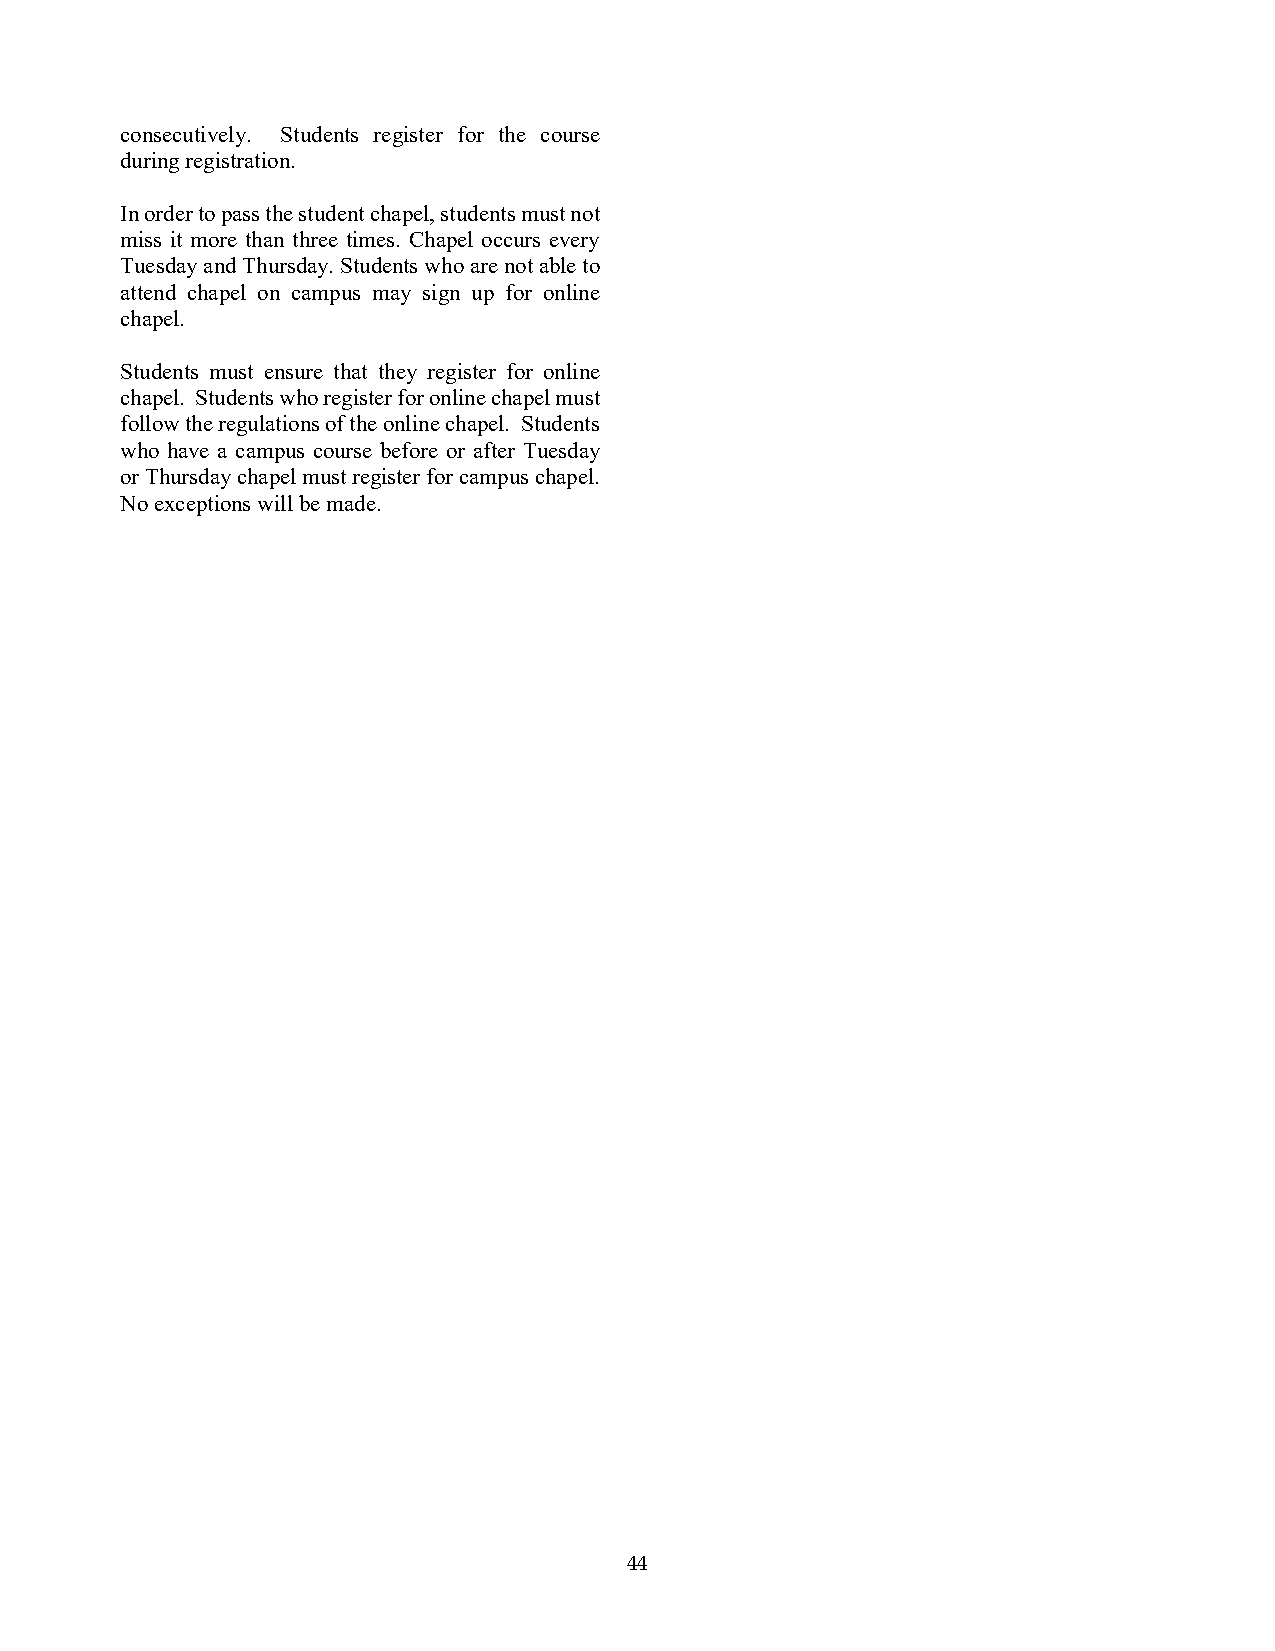
consecutively. Students register for the course
 during registration.
 In order to pass the student chapel, students must not
 miss it more than three times. Chapel occurs every
 Tuesday and Thursday. Students who are not able to
 attend chapel on campus may sign up for online
 chapel.
 Students must ensure that they register for online
 chapel. Students who register for online chapel must
 follow the regulations of the online chapel. Students
 who have a campus course before or after Tuesday
 or Thursday chapel must register for campus chapel.
 No exceptions will be made.
 44